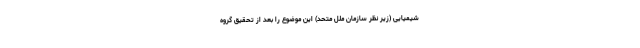
شیمیایی (زیر نظر سازمان ملل متحد) این موضوع را بعد از تحقیق گروه